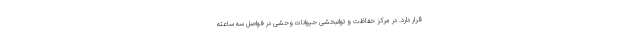
قرار دارد. در مرکز حفاظت و توانبخشی حیوانات وحشی در فواصل سه ساعته